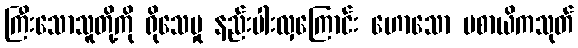
ကြီးသောသူတို့ကို ရိုသေမှု နည်းပါးလှကြောင်း ဟောသော ပစာယိကသုတ်